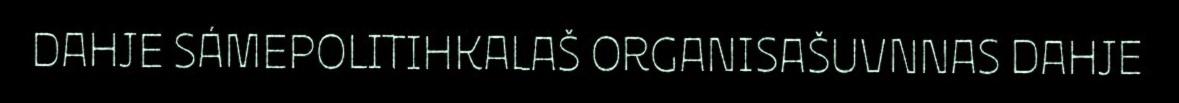
DAHJE SÁMEPOLITIHKALAŠ ORGANISAŠUVNNAS DAHJE